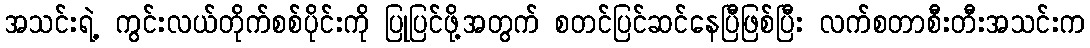
အသင်းရဲ့ ကွင်းလယ်တိုက်စစ်ပိုင်းကို ပြုပြင်ဖို့အတွက် စတင်ပြင်ဆင်နေပြီဖြစ်ပြီး လက်စတာစီးတီးအသင်းက